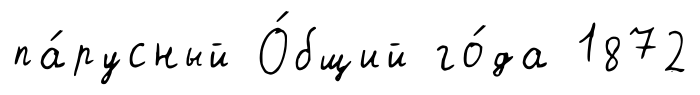
па́русный О́бщий го́да 1872